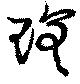
瑳